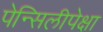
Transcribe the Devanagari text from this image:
पेन्सिलीपेक्षा